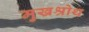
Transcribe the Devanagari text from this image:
मुखश्रोथ